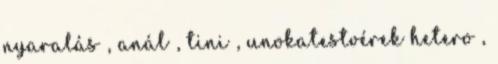
nyaralás , anál , tini , unokatestvérek hetero ,